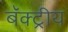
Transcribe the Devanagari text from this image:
बॅक्ट्रीय